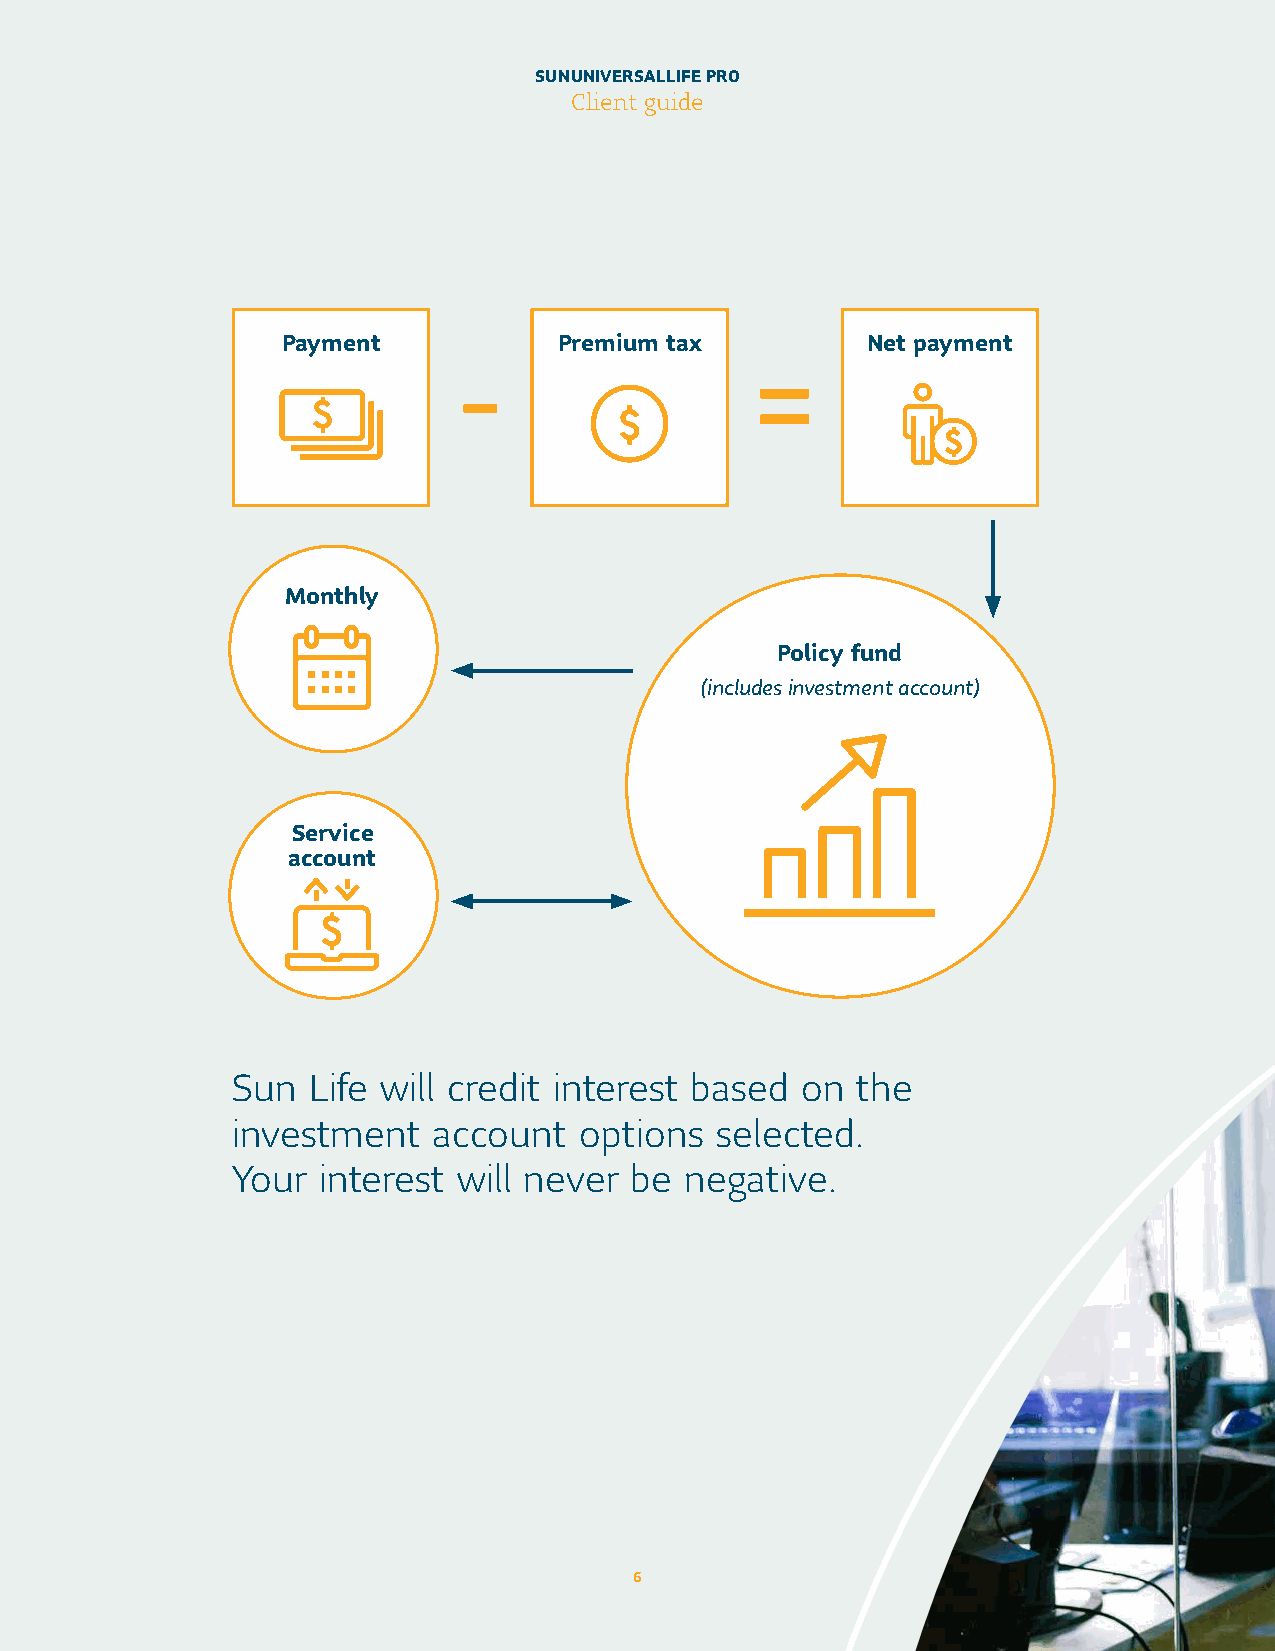
SUN UNIVERSAL LIFE PRO
 Client guide
 Payment           Premium tax         Net payment
 -                   =
 Monthly
 Policy fund
 (includes investment account)
 Service
 account
 Sun  Life will credit interest based  on  the
 investment    account  options  selected.
 Your  interest will never  be negative.
 6